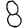
Digit: 8